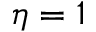
\eta = 1